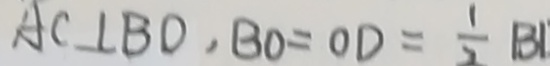
A C \bot B D , B O = O D = \frac { 1 } { 2 } B 1